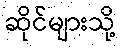
ဆိုင်များသို့